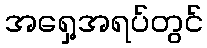
အရှေ့အရပ်တွင်